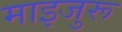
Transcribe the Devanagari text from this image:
माइजुरू